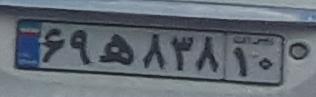
۶۹ه۸۳۸۱۰